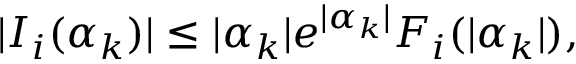
| I _ { i } ( \alpha _ { k } ) | \leq | \alpha _ { k } | e ^ { | \alpha _ { k } | } F _ { i } ( | \alpha _ { k } | ) ,